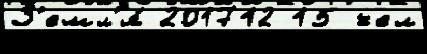
З'емл'я́ 201712 15 чел